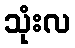
သုံးလ